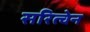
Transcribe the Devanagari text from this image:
सरित्चेन